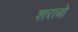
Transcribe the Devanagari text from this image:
शराबो